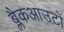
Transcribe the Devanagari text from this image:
ब्लैकआउटों